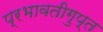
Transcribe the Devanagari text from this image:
प्रभावतीगुप्त